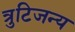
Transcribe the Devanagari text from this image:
त्रुटिजन्य